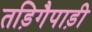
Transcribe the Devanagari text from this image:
तड़िगैपाड़ी